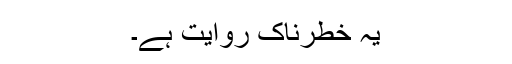
یہ خطرناک روایت ہے۔